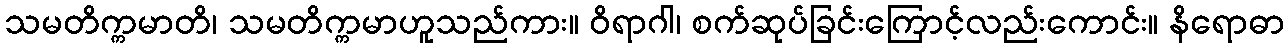
သမတိက္ကမာတိ၊ သမတိက္ကမာဟူသည်ကား။ ဝိရာဂါ၊ စက်ဆုပ်ခြင်းကြောင့်လည်းကောင်း။ နိရောဓာ